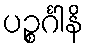
ပဉ္စင်္ဂါနိ